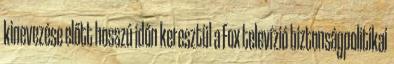
kinevezése előtt hosszú időn keresztül a Fox televízió biztonságpolitikai